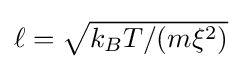
{\textstyle \ell ={\sqrt {k_{B}T/(m\xi ^{2})}}}